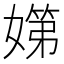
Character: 𡠨